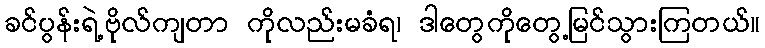
ခင်ပွန်းရဲ့ဗိုလ်ကျတာ ကိုလည်းမခံရ၊ ဒါတွေကိုတွေ့မြင်သွားကြတယ်။